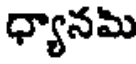
ధ్యానమి